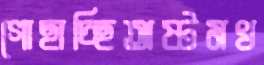
গোছাচ্ছিঅষ্টমখ